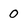
Character: 0